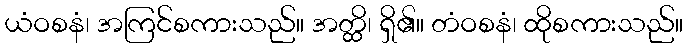
ယံဝစနံ၊ အကြင်စကားသည်။ အတ္ထိ၊ ရှိ၏။ တံဝစနံ၊ ထိုစကားသည်။